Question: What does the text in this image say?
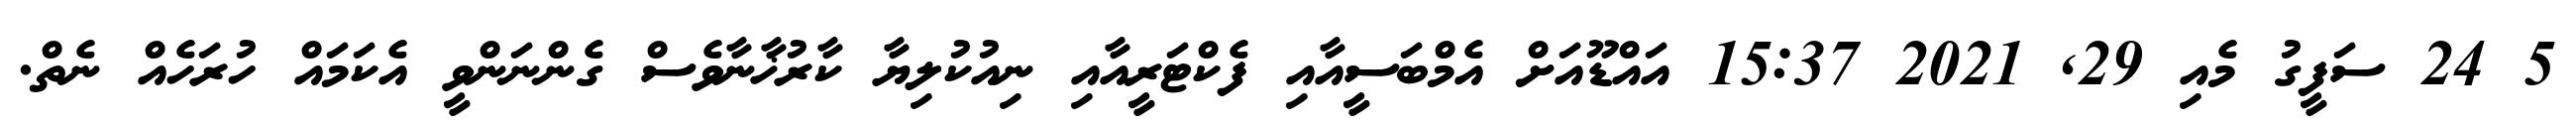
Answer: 5 24 ސަފީގު މެއި 29, 2021 15:37 އައްޑޫއަށް އެމްބަސީއާއި ފެކްޓަރީއާއި ނިއުކުލިޔާ ކާރުޚާނާވެސް ގެންނަންވީ އެކަމައް ހުރަހެއް ނެތް.